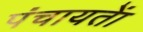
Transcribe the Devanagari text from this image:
पंचायताें